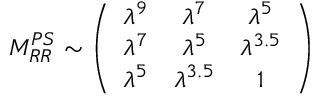
M _ { R R } ^ { P S } \sim \left( \begin{array} { c c c } { { \lambda ^ { 9 } } } & { { \lambda ^ { 7 } } } & { { \lambda ^ { 5 } } } \\ { { \lambda ^ { 7 } } } & { { \lambda ^ { 5 } } } & { { \lambda ^ { 3 . 5 } } } \\ { { \lambda ^ { 5 } } } & { { \lambda ^ { 3 . 5 } } } & { { 1 } } \end{array} \right)